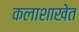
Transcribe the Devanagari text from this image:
कलाशाखेत